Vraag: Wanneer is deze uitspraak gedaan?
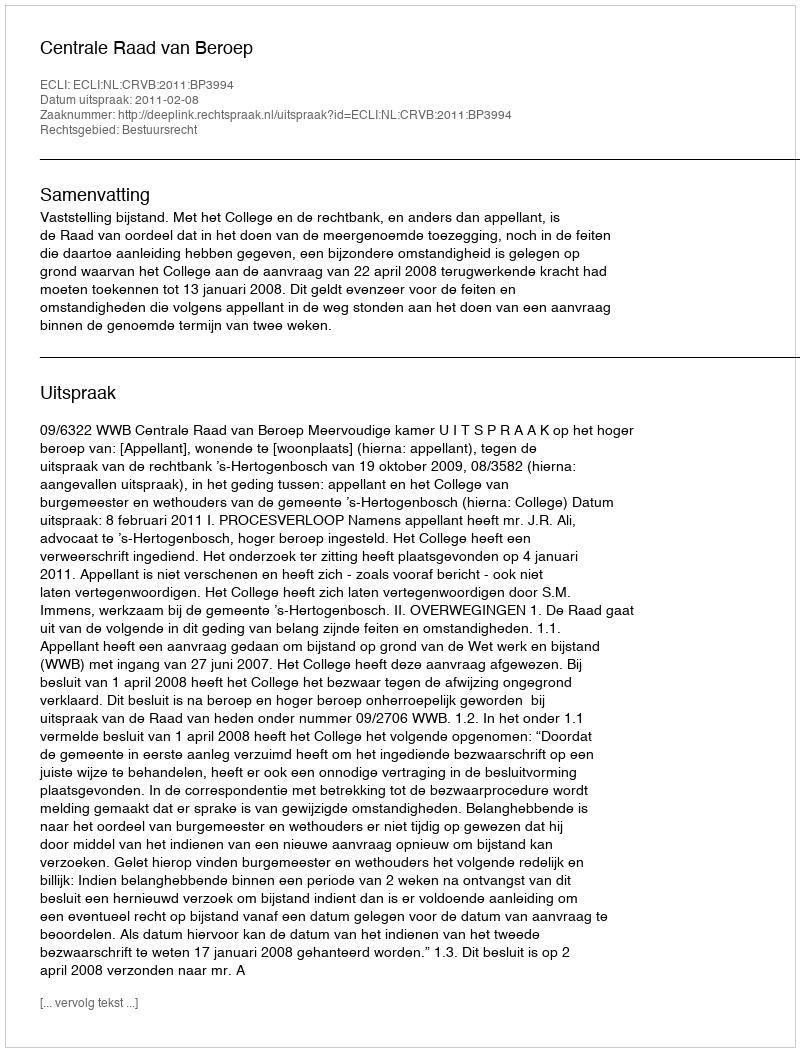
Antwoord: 2011-02-08